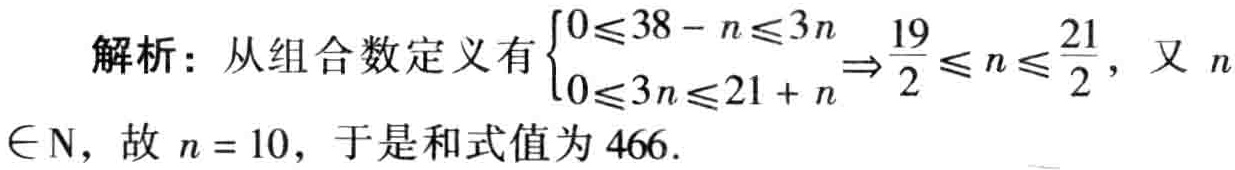
解析：从组合数定义有\(\begin{cases}0\leqslant38 - n\leqslant3n\\0\leqslant3n\leqslant21 + n\end{cases}\Rightarrow\frac{19}{2}\leqslant n\leqslant\frac{21}{2}\)，又\(n\in \mathrm{N}\)，故 \(n = 10\)，于是和式值为 \(466\).